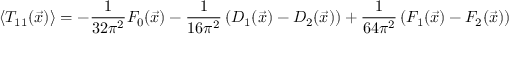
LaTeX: \left\langle T _ { 1 1 } ( \vec { x } ) \right\rangle = - \frac { 1 } { 3 2 \pi ^ { 2 } } F _ { 0 } ( \vec { x } ) - \frac { 1 } { 1 6 \pi ^ { 2 } } \left( D _ { 1 } ( \vec { x } ) - D _ { 2 } ( \vec { x } ) \right) + \frac { 1 } { 6 4 \pi ^ { 2 } } \left( F _ { 1 } ( \vec { x } ) - F _ { 2 } ( \vec { x } ) \right)